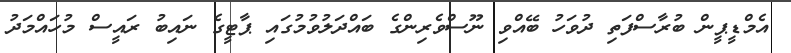
އެމްޑީޕީން ބުރާސްފަތި ދުވަހު ބޭއްވި ނޫސްވެރިންގެ ބައްދަލުވުމުގައި ޕާޓީގެ ނައިބު ރައީސް މުހައްމަދު